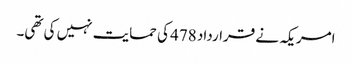
امریکہ نے قرارداد 478 کی حمایت نہیں کی تھی۔